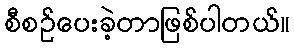
စီစဉ်ပေးခဲ့တာဖြစ်ပါတယ်။